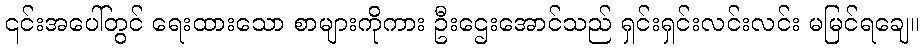
၎င်းအပေါ်တွင် ရေးထားသော စာများကိုကား ဦးဌေးအောင်သည် ရှင်းရှင်းလင်းလင်း မမြင်ရချေ။